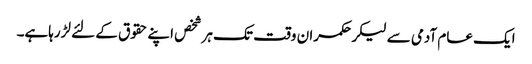
ایک عام آدمی سے لیکرحکمران وقت تک ہرشخص اپنے حقوق کے لئے لڑرہاہے۔